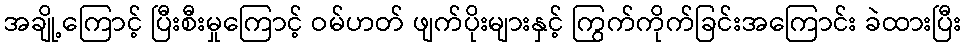
အချို့ကြောင့် ပြီးစီးမှုကြောင့် ဝမ်ဟတ် ဖျက်ပိုးများနှင့် ကြွက်ကိုက်ခြင်းအကြောင်း ခဲထားပြီး